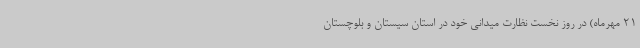
21 مهرماه) در روز نخست نظارت میدانی خود در استان سیستان و بلوچستان